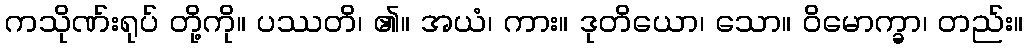
ကသိုဏ်းရုပ် တို့ကို။ ပဿတိ၊ ၏။ အယံ၊ ကား။ ဒုတိယော၊ သော။ ဝိမောက္ခာ၊ တည်း။